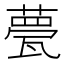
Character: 甍